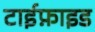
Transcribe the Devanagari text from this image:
टाईफ़ाइड